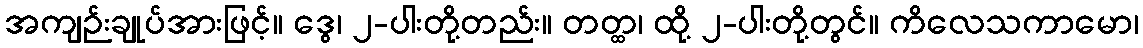
အကျဉ်းချုပ်အားဖြင့်။ ဒွေ၊ ၂-ပါးတို့တည်း။ တတ္ထ၊ ထို့ ၂-ပါးတို့တွင်။ ကိလေသကာမော၊